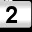
Digit: 2